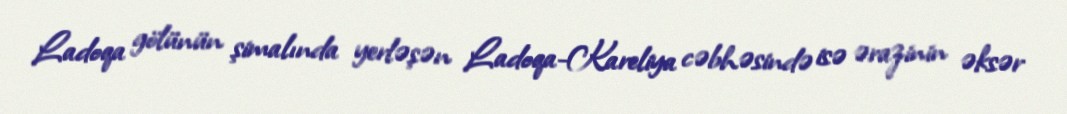
Ladoqa gölünün şimalında yerləşən Ladoqa-Kareliya cəbhəsində isə ərazinin əksər